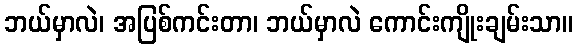
ဘယ်မှာလဲ၊ အပြစ်ကင်းတာ၊ ဘယ်မှာလဲ ကောင်းကျိုးချမ်းသာ။